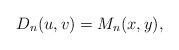
LaTeX: \begin{align*} D_{n}(u,v) = M_n(x,y),\end{align*}